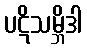
ပဋိသမ္ဘိဒါ